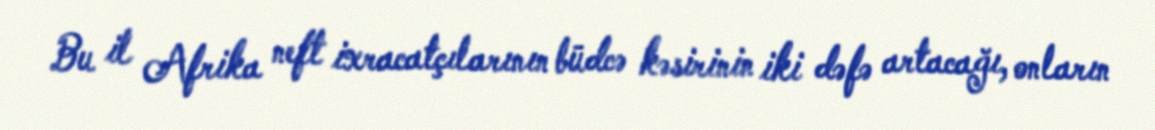
Bu il Afrika neft ixracatçılarının büdcə kəsirinin iki dəfə artacağı, onların